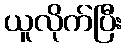
ယူလိုက်ပြီး